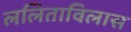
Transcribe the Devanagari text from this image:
ललिताविलास